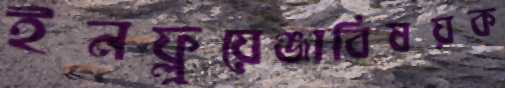
ইনফ্লুয়েঞ্জাবিষয়ক